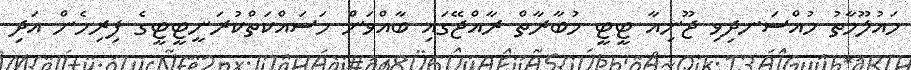
މައުލޫމާތު މުއްސަނދިވި ޖޫނިއާ ޓީޓީ މުބާރާތް ރާއްޖޭގައި ބާއްވަން މަސައްކަތްކުރަނީޓީޓީގެ ފިރިހެން އަދި